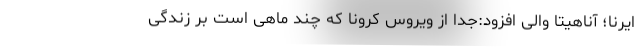
ایرنا؛ آناهیتا والی افزود:جدا از ویروس کرونا که چند ماهی است بر زندگی